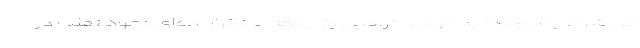
من شرط بندی نکنید دونالد ترامپ روز جمعه با تکرار ادعای وجود تقلب در